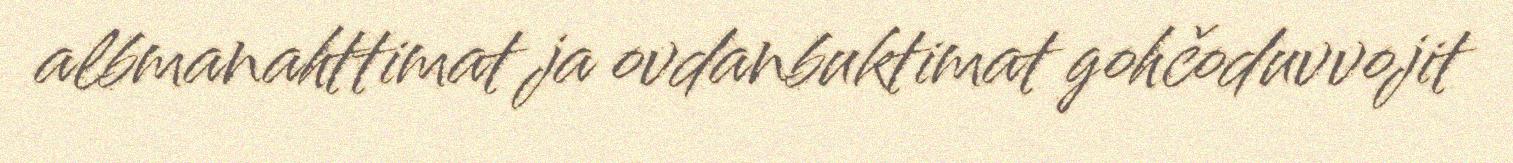
albmanahttimat ja ovdanbuktimat gohčoduvvojit